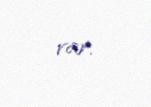
var.